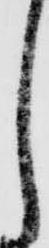
し